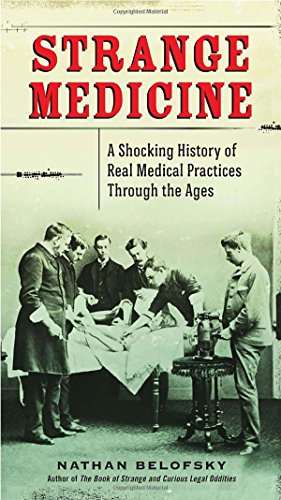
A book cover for Strange Medicine: A Shocking History of Real Medical Practices Through the Ages; Nathan Belofsky; Humor & Entertainment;